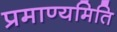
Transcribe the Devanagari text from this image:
प्रमाण्यमिति